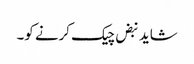
شاید نبض چیک کرنے کو۔